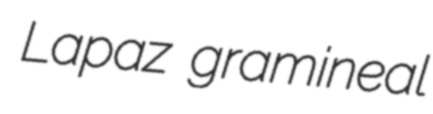
Lapaz gramineal